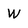
Character: W